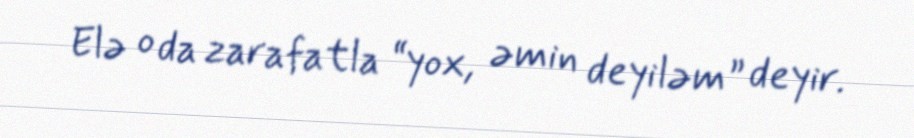
Elə o da zarafatla “yox, əmin deyiləm” deyir.